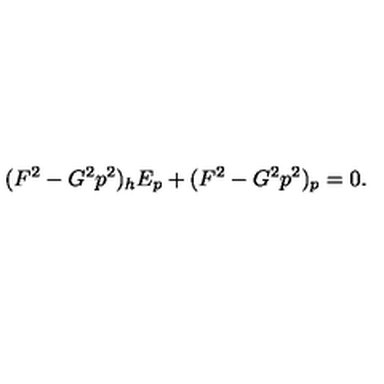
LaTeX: ( F ^ { 2 } - G ^ { 2 } p ^ { 2 } ) _ { h } E _ { p } + ( F ^ { 2 } - G ^ { 2 } p ^ { 2 } ) _ { p } = 0 .